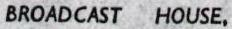
BROADCAST HOUSE,